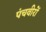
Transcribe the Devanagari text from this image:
पंचवीरों